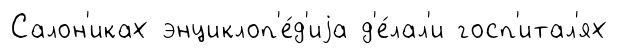
Салон'иках энциклоп'е́д'иjа д'е́лал'и госп'итал'ях